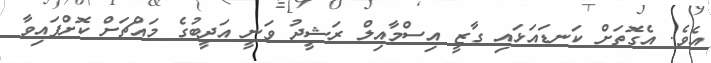
އެވެ. އެގޮތަށް ކަނޑައަޅައި ގާޒީ އިސްމާއިލް ރަޝީދު ވަނީ އަދީބުގެ މައްޗަށް ކޮށްފައިވާ